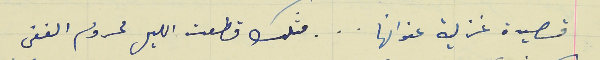
قصيدة غزلية عنوانها    .    .    .     مثلك قطعت الليل محروم الغفى